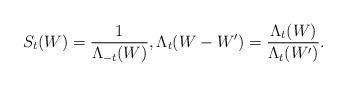
LaTeX: \begin{align*}S_t(W)=\frac{1}{\Lambda_{-t}(W)},\Lambda_{t}(W-W')=\frac{\Lambda_t(W)}{\Lambda_t(W')}.\end{align*}